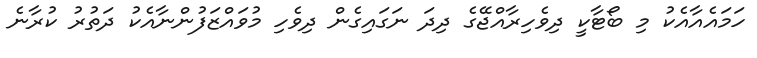
ހަމައެއާއެކު މި ބޯޓާކީ ދިވެހިރާއްޖޭގެ ދިދަ ނަގައިގެން ދިވެހި މުވައްޒަފުންނާއެކު ދަތުރު ކުރާނެ